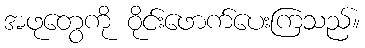
အဖုတွေကို ဝိုင်းဖောက်ပေးကြသည်။